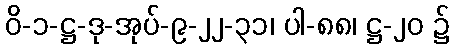
ဝိ-၁-ဋ္ဌ-ဒု-အုပ်-၉-၂၂-၃၁၊ ပါ-၈၈၊ ဋ္ဌ-၂၀ ၌